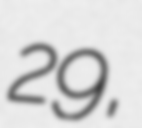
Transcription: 29,